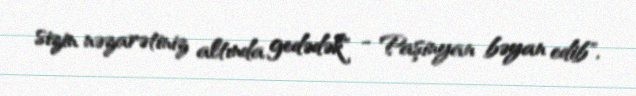
sizin nəzarətiniz altında gedədək" - Paşinyan bəyan edib".